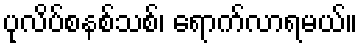
ပုလိပ်စနစ်သစ်၊ ရောက်လာရမယ်။